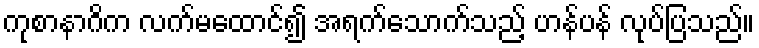
ကုစာနာဂိက လက်မထောင်၍ အရက်သောက်သည့် ဟန်ပန် လုပ်ပြသည်။